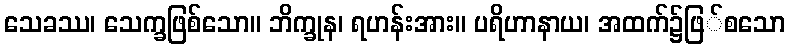
သေခဿ၊ သေက္ခဖြစ်သော။ ဘိက္ခုန၊ ရဟန်းအား။ ပရိဟာနာယ၊ အထက်၌ဖြ်စသော